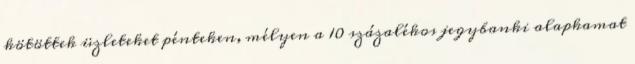
kötöttek üzleteket pénteken, mélyen a 10 százalékos jegybanki alapkamat